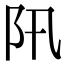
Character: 阠